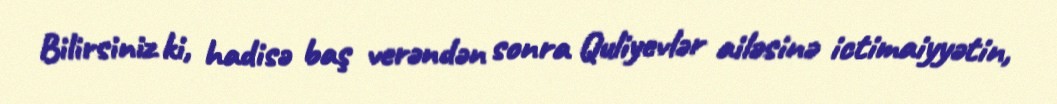
Bilirsiniz ki, hadisə baş verəndən sonra Quliyevlər ailəsinə ictimaiyyətin,